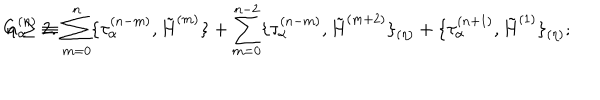
LaTeX: G _ { \alpha } ^ { ( n ) } \equiv \sum _ { m = 0 } ^ { n } \{ \tau _ { \alpha } ^ { ( n - m ) } , \tilde { H } ^ { ( m ) } \} + \sum _ { m = 0 } ^ { n - 2 } \{ \tau _ { \alpha } ^ { ( n - m ) } , \tilde { H } ^ { ( m + 2 ) } \} _ { ( \eta ) } + \{ \tau _ { \alpha } ^ { ( n + 1 ) } , \tilde { H } ^ { ( 1 ) } \} _ { ( \eta ) } ; \hspace { 0 . 5 c m } n \geq 2 .